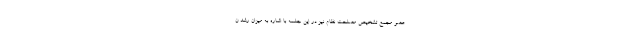
عضو مجمع تشخیص مصلحت نظام نیز در این جلسه با اشاره به میزان رشد ن